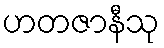
ဟတဇာနီသု